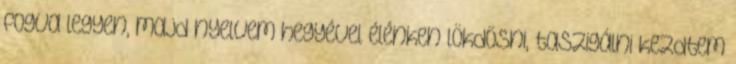
fogva legyen, majd nyelvem hegyével élénken lökdösni, taszigálni kezdtem